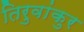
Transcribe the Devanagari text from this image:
तिरुवांकुर